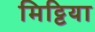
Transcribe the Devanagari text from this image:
मिट्टिया